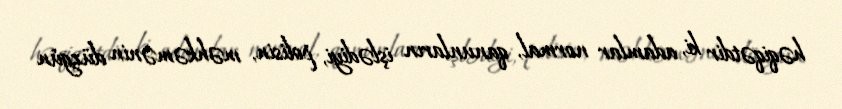
həqiqətdir ki, adamlar normal, qanunların işlədiyi, polisin, məhkəmənin düzgün